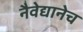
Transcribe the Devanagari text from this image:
नैवेद्यानेच